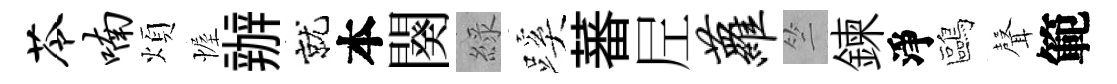
苓喃煩幄辦就本闋綠蹊蕃𡰱萝竺鍊淨鷗𮋻範